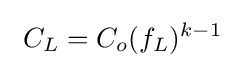
\ C_{L}=C_{o}(f_{L})^{k-1}